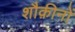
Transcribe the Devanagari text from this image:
शौक़ीनों